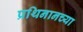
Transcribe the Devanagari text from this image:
प्रथिनानच्या